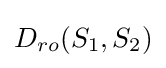
D_{ro}(S_{1},S_{2})